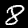
Label: 8